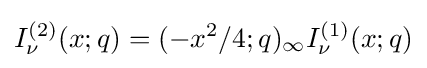
I_{\nu }^{(2)}(x;q)=(-x^{2}/4;q)_{\infty }I_{\nu }^{(1)}(x;q)